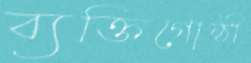
ব্যক্তিগোষ্ঠী